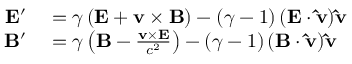
\begin{array} { r l } { \mathbf { E } ^ { \prime } } & { { } = \gamma \left( \mathbf { E } + \mathbf { v } \times \mathbf { B } \right) - \left( { \gamma - 1 } \right) ( \mathbf { E } \cdot \mathbf { \hat { v } } ) \mathbf { \hat { v } } } \\ { \mathbf { B } ^ { \prime } } & { { } = \gamma \left( \mathbf { B } - { \frac { \mathbf { v } \times \mathbf { E } } { c ^ { 2 } } } \right) - \left( { \gamma - 1 } \right) ( \mathbf { B } \cdot \mathbf { \hat { v } } ) \mathbf { \hat { v } } } \end{array}